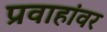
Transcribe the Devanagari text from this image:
प्रवाहांवर